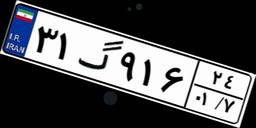
۳۱گ۹۱۶۲۴